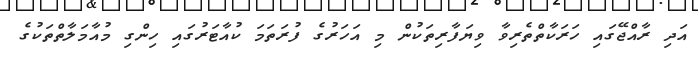
އަދި ރާއްޖޭގައި ހަރަކާތްތެރިވާ ވިޔަފާރިތަކުން މި އަހަރުގެ ފުރަތަމަ ކުއާޓަރުގައި ހިންގި މުއާމަލާތްތަކުގެ